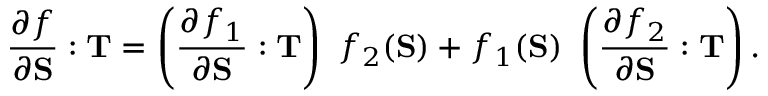
{ \frac { \partial f } { \partial \mathbf { S } } } : \mathbf { T } = \left( { \frac { \partial f _ { 1 } } { \partial \mathbf { S } } } : \mathbf { T } \right) ~ f _ { 2 } ( \mathbf { S } ) + f _ { 1 } ( \mathbf { S } ) ~ \left( { \frac { \partial f _ { 2 } } { \partial \mathbf { S } } } : \mathbf { T } \right) .